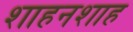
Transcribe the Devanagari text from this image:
शाहनशाह